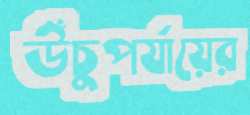
উঁচুপর্যায়ের